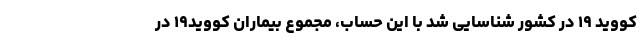
کووید ۱۹ در کشور شناسایی شد با این حساب، مجموع بیماران کووید۱۹ در